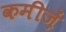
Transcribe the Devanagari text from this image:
कमीज़ें